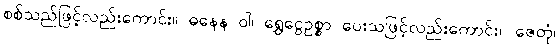
စစ်သည်ဖြင့်လည်းကောင်း။ ဓနေန ဝါ၊ ရွှေငွေဥစ္စာ ပေးသဖြင့်လည်းကောင်း။ ဇေတုံ၊